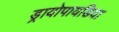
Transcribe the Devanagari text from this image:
ड्रायोपायडिया